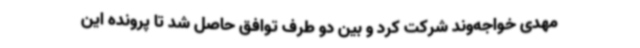
مهدی خواجه‌وند شرکت کرد و بین دو طرف توافق حاصل شد تا پرونده این